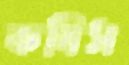
কষিস